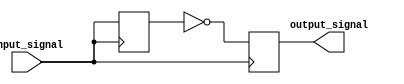
module nor_delay (
    input wire input_signal,
    output reg output_signal
);

reg [3:0] delay_reg; // 4-bit register for delay

// Timing control and synchronization block
always @(posedge input_signal) begin
    delay_reg <= {delay_reg[2:0], input_signal}; // Shift input_signal into delay_reg
    output_signal <= ~(delay_reg & 4'b1111); // NOR gate with 4-bit delay_reg
end

endmodule